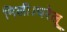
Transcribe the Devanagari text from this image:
मिली।घरेलू